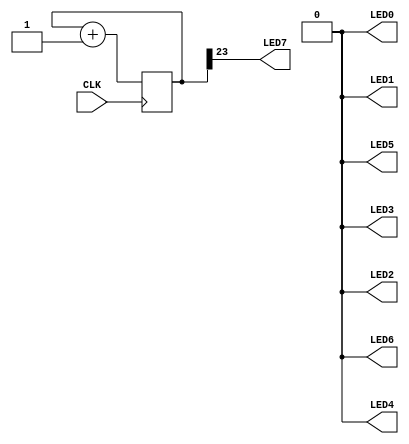
// This program was cloned from: https://github.com/FPGAwars/apio-examples
// License: GNU General Public License v2.0

//------------------------------------------------------------------
//-- Blinking LED
//------------------------------------------------------------------

module Test (
  input CLK,    // 12MHz clock
  output LED7,   // LED to blink
  output LED6, LED5, LED4, LED3, LED2, LED1, LED0 //-- The rest of the LED (turned off)
);

  reg [23:0] counter = 0;

  always @(posedge CLK) 
    counter <= counter + 1;

  assign LED7 = counter[23];

  //-- Turn off the other LEDs
  assign {LED6, LED5, LED4} = 3'b0;
  assign {LED3, LED2, LED1, LED0} = 4'b0;

endmodule